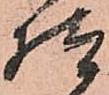
様